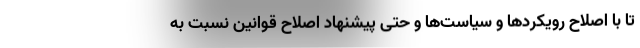
تا با اصلاح رویکردها و سیاست‌ها و حتی پیشنهاد اصلاح قوانین نسبت به